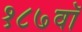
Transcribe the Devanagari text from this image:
१८७वॉ